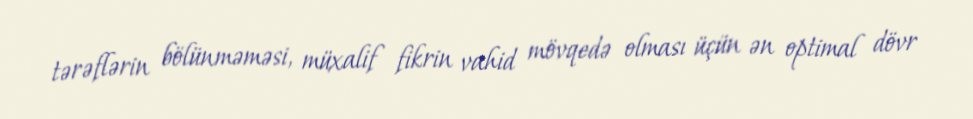
tərəflərin bölünməməsi, müxalif fikrin vahid mövqedə olması üçün ən optimal dövr